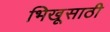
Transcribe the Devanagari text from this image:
भिखूसाठी